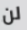
لن